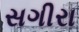
સગીરા